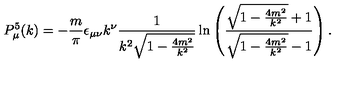
P _ { \mu } ^ { 5 } ( k ) = - \frac { m } { \pi } \epsilon _ { \mu \nu } k ^ { \nu } \frac { 1 } { k ^ { 2 } \sqrt { 1 - \frac { 4 m ^ { 2 } } { k ^ { 2 } } } } \ln \left( \frac { \sqrt { 1 - \frac { 4 m ^ { 2 } } { k ^ { 2 } } } + 1 } { \sqrt { 1 - \frac { 4 m ^ { 2 } } { k ^ { 2 } } } - 1 } \right) .